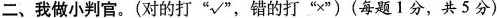
二、我做小判官。（对的打“√”，错的打“×”）（每题1分，共5分）